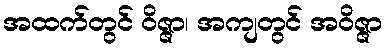
အထက်တွင် ဝိဇ္ဇာ၊ အကျတွင် အဝိဇ္ဇာ